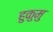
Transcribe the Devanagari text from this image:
हुकुमु